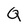
Character: Q